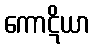
ကောဋိယာ